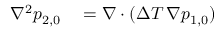
\begin{array} { r l } { \nabla ^ { 2 } p _ { 2 , 0 } } & { { } = \nabla \cdot ( \Delta T \, \nabla p _ { 1 , 0 } ) } \end{array}